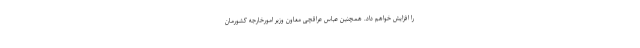
را افزایش خواهم داد. همچنین عباس عراقچی معاون وزیر امورخارجه کشورمان